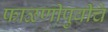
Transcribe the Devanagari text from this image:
फाळणीपुर्वीचे